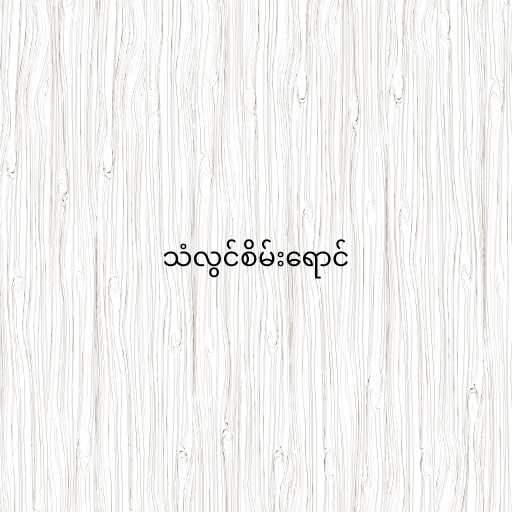
သံလွင်စိမ်းရောင်